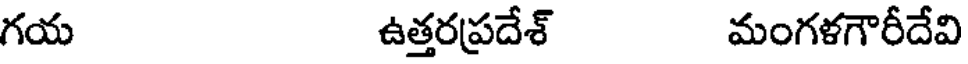
గయ ఉత్తరప్రదేశ్ మంగళగౌరీదేవి